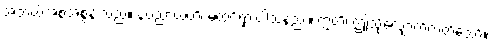
အဘယ်အစအစွန်းသည်။ နပညာယတိ၊ မထင်ရှားပါသနည်း။ ဣတိ၊ ဤသို့လျှောက်လတ်သော်။